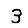
Digit: 3